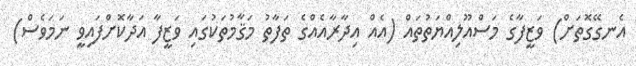
އެނގޭގޮތަށް) ވަޒީފާގެ މަސްއޫލިއްޔަތުތައް (އެއް އިދާރާއެއްގެ ތަފާތު މަޤާމުތަކުގައި ވަޒީފާ އަދާކޮށްފައިވީ ނަމަވެސް)